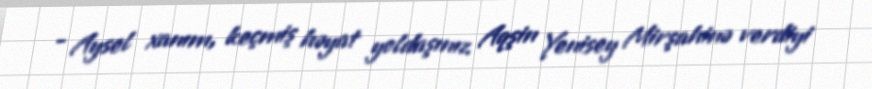
- Aysel xanım, keçmiş həyat yoldaşınız Aqşin Yenisey Mirşahinə verdiyi